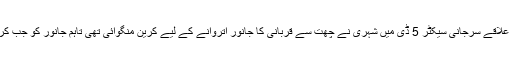
کراچی کے علاقے سرجانی سیکٹر 5 ڈی میں شہری نے چھت سے قربانی کا جانور اتروانے کے لیے کرین منگوائی تھی تاہم جانور کو جب کرین سے …